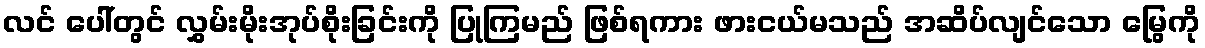
လင် ပေါ်တွင် လွှမ်းမိုးအုပ်စိုးခြင်းကို ပြုကြမည် ဖြစ်ရကား ဖားငယ်မသည် အဆိပ်လျင်သော မြွေကို